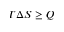
T \Delta S \ge Q